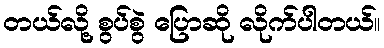
တယ်လို့ စွပ်စွဲ ပြောဆို လိုက်ပါတယ်။